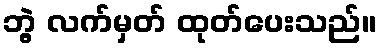
ဘွဲ့ လက်မှတ် ထုတ်ပေးသည်။